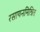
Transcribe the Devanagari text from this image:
रसायनमिश्रित